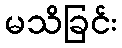
မသိခြင်း